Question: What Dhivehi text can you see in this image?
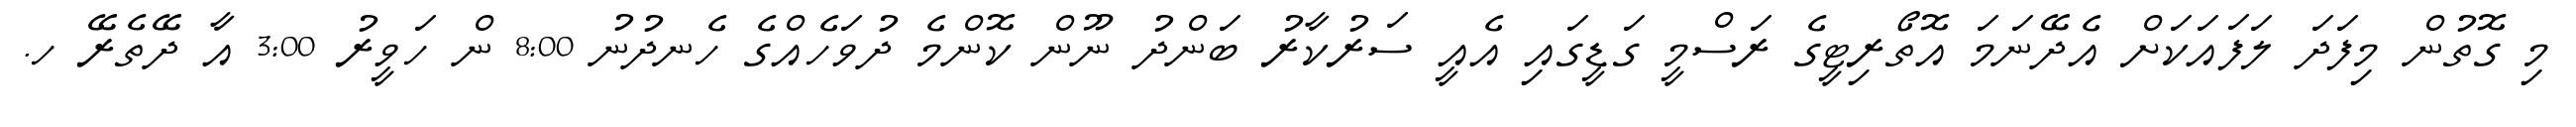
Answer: މި ގޮތުން މިފަދަ ލަފައަކަށް އެދޭނަމަ އޮތޯރިޓީގެ ރަސްމީ ގަޑީގައި އެއީ ސަރުކާރު ބަންދު ނޫން ކޮންމެ ދުވަހެއްގެ ހެނދުނު 8:00 ން ހަވީރު 3:00 އާ ދޭތެރޭ ހ.